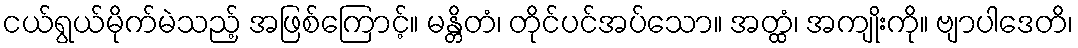
ငယ်ရွယ်မိုက်မဲသည့် အဖြစ်ကြောင့်။ မန္တိတံ၊ တိုင်ပင်အပ်သော။ အတ္ထံ၊ အကျိုးကို။ ဗျာပါဒေတိ၊